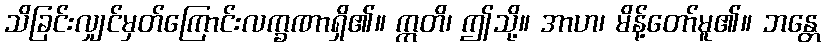
သိခြင်းလျှင်မှတ်ကြောင်းလက္ခဏာရှိ၏။ ဣတိ၊ ဤသို့။ အာဟ၊ မိန့်တော်မူ၏။ ဘန္တေ